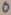
Text: 0